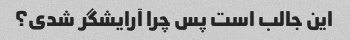
این جالب است پس چرا آرایشگر شدی؟